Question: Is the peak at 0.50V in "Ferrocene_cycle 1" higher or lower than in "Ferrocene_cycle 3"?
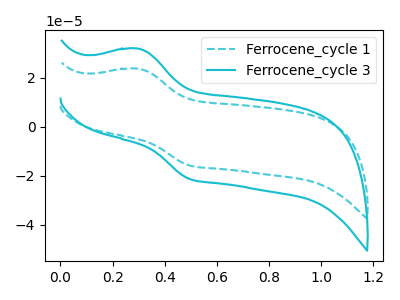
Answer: <think>The cyan dashed curve "Ferrocene_cycle 1" has an anodic peak at (0.30V, 23.65uA) and a cathodic peak at (0.50V, -15.85uA). The cyan curve "Ferrocene_cycle 3" has an anodic peak at (0.30V, 31.85uA) and a cathodic peak at (0.50V, -21.30uA).</think>
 <answer>The peak at 0.50V is lower in "Ferrocene_cycle 1" than in "Ferrocene_cycle 3".</answer>
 <eval>lower</eval>